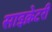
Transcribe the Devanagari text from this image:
साइक्रेटरी